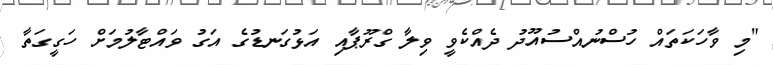
"މި ވާހަކަތައް ހުސްނުއްސުއޫދު ދެއްކެވީ ވިލާ ގްރޫޕާއި އަޅުގަނޑުގެ އަގު ވައްޓާލުމަށް ހަގީގަތާ